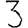
Digit: 3